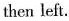
then left.